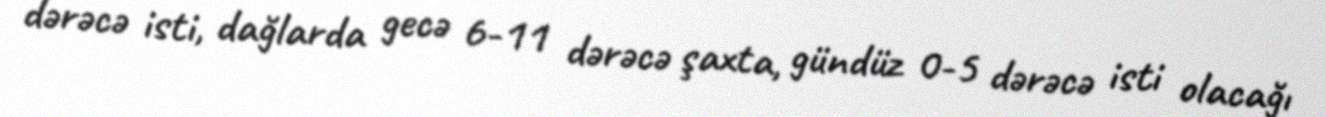
dərəcə isti, dağlarda gecə 6-11 dərəcə şaxta, gündüz 0-5 dərəcə isti olacağı